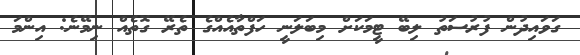
ގަވައިދުން ފުރުސަތު ލިބޭ ޓީމަކަށް މިބަލަނީ ހަފްތާއެއްގެ ތެރޭ ގޮތެއް ނިމޭނެ: އިންމަ